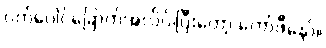
ဝက်ပေါင်ခြောက်အလိပ်၊ပြီးတော့ ကော်ဖီနော်။